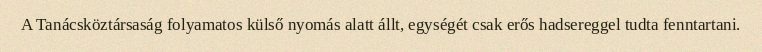
A Tanácsköztársaság folyamatos külső nyomás alatt állt, egységét csak erős hadsereggel tudta fenntartani.